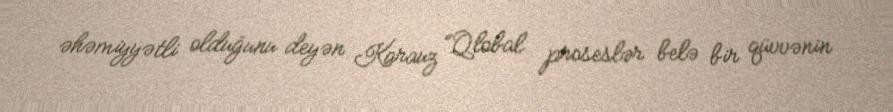
əhəmiyyətli olduğunu deyən Karauz “Qlobal proseslər belə bir qüvvənin